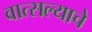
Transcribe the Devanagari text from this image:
वात्सल्याचे